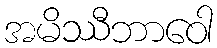
အမိဿီဘာဝေါ